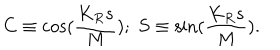
C \equiv \cos ( \frac { K _ { R } s } { M } ) ; \; S \equiv \sin ( \frac { K _ { R } s } { M } ) .